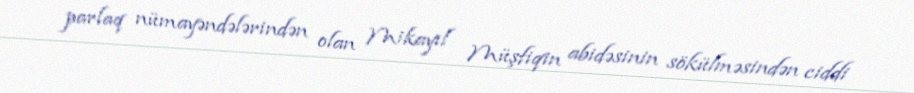
parlaq nümayəndələrindən olan Mikayıl Müşfiqin abidəsinin sökülməsindən ciddi